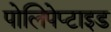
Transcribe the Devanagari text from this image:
पोलिपेप्टाइड